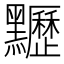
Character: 𪓀